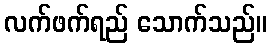
လက်ဖက်ရည် သောက်သည်။